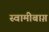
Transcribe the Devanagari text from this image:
स्वामीबाग़